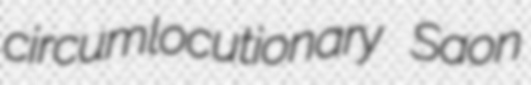
circumlocutionary Saon